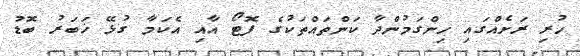
ހުރި ރަށެއްގައި ހިންގަމުންދާ ކަންތައްތަކުގެ ފޮޓޯ އާއި އެކަމާ ގުޅޭ ޚަބަރު ބޮޑު